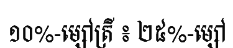
១០%-ម្សៅត្រី ៖ ២៥%-ម្សៅ